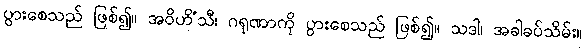
ပွားစေသည် ဖြစ်၍။ အဝိဟိံသီ၊ ဂရုဏာကို ပွားစေသည် ဖြစ်၍။ သဒါ၊ အခါခပ်သိမ်း။